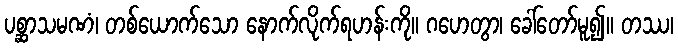
ပစ္ဆာသမဏံ၊ တစ်ယောက်သော နောက်လိုက်ရဟန်းကို။ ဂဟေတွာ၊ ခေါ်တော်မူ၍။ တဿ၊